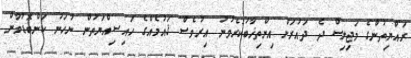
ރައްޔިތުންގެ މަޖިލިސް ދެ ދައުރަށް އިންތިޚާބުކުރެވުނު އިރުވެސް ޤައުމެއްގެ ހައިސިއްޔަތުން ނުހަނު ކަންބޮޑުވާން